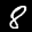
Label: 8